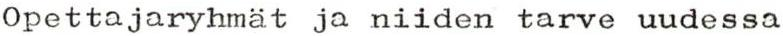
Opettajaryhmät ja niiden tarve uudessa